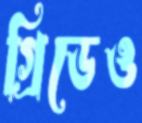
গ্রিডেও